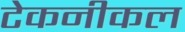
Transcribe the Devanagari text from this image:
टेकनीकल